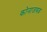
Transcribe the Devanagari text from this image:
कोनाजवळ